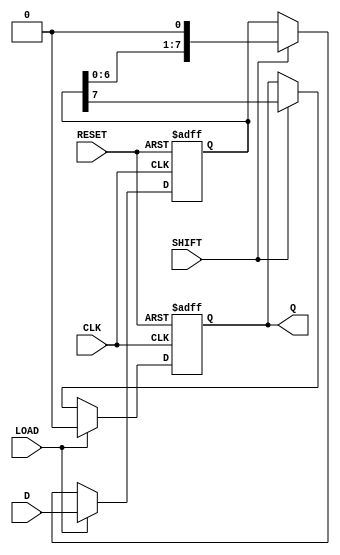
module PISO_Register #(
    parameter WIDTH = 8 // Set the width of the register
)(
    input wire [WIDTH-1:0] D, // Parallel data input
    input wire LOAD,           // Load control signal
    input wire SHIFT,          // Shift control signal
    input wire CLK,            // Clock signal
    input wire RESET,          // Asynchronous reset signal
    output reg Q               // Serial output
);

    // Internal register to hold the data
    reg [WIDTH-1:0] shift_reg;

    always @(posedge CLK or posedge RESET) begin
        if (RESET) begin
            // Asynchronously reset the register to zero
            shift_reg <= {WIDTH{1'b0}};
            Q <= 1'b0; // Reset the serial output to zero
        end else if (LOAD) begin
            // Load the data from input D into the shift register
            shift_reg <= D;
            Q <= 1'b0; // Reset the serial output to zero
        end else if (SHIFT) begin
            // Shift the data serially
            Q <= shift_reg[WIDTH-1]; // Output the MSB
            shift_reg <= {shift_reg[WIDTH-2:0], 1'b0}; // Shift right, fill LSB with 0
        end
    end

endmodule